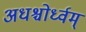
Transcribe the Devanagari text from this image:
अधश्चोर्ध्वम्